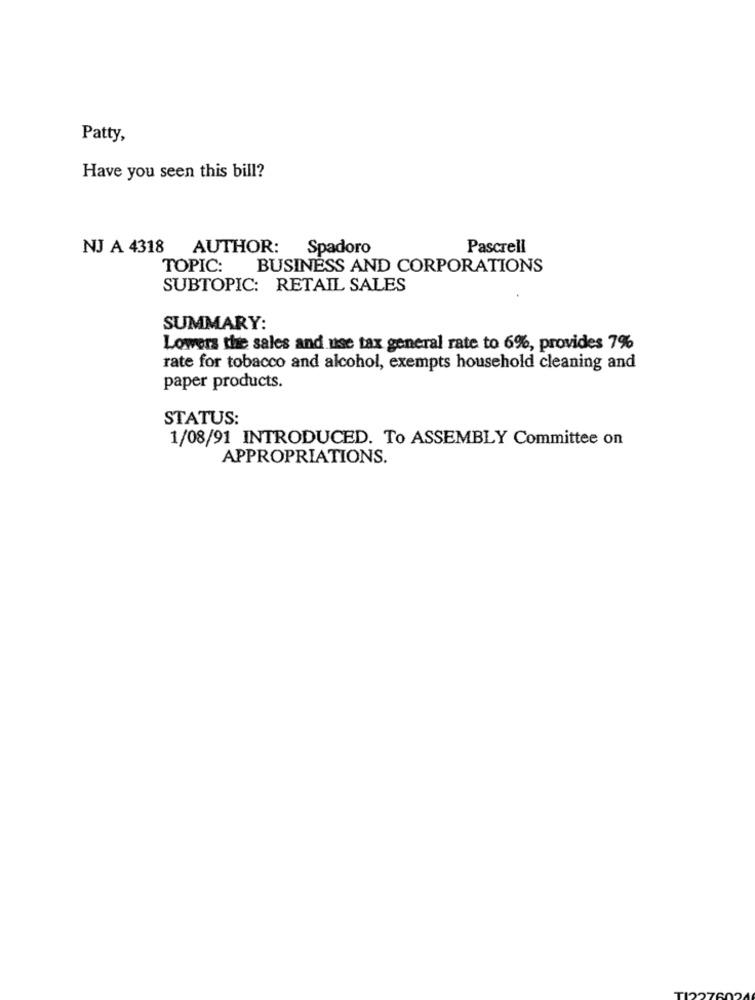
Patty,
Have you seen this bill?
NJ A 4318 AUTHOR: Spadoro
Pascrell
TOPIC:
BUSINESS AND CORPORATIONS
SUBTOPIC: RETAIL SALES
SUMMARY:
Lowers the sales and use tax general rate to 6%, provides 7%
rate for tobacco and alcohol, exempts household cleaning and
paper products.
STATUS:
1/08/91 INTRODUCED. To ASSEMBLY Committee on
APPROPRIATIONS.